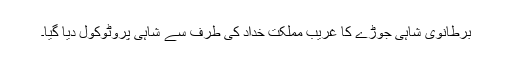
برطانوی شاہی جوڑے کا غریب مملکت خداد کی طرف سے شاہی پروٹوکول دیا گیا۔